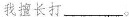
我擅长打 ___。